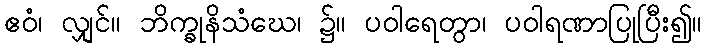
ဧဝံ၊ လျှင်။ ဘိက္ခုနိသံဃေ၊ ၌။ ပဝါရေတွာ၊ ပဝါရဏာပြုပြီး၍။